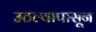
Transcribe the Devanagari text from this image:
उठल्यापासून